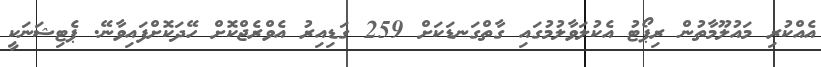
އެއްކުރި މައުލޫމާތުން ރިޕޯޓު އެކުލަވާލުމުގައި ގާތްގަނޑަކަށް 259 ގަޑިއިރު އެވްރެޖްކޮށް ހޭދަކޮށްފައިވާނޭ. ޕެޓިޝަނަކީ